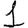
Digit: 1